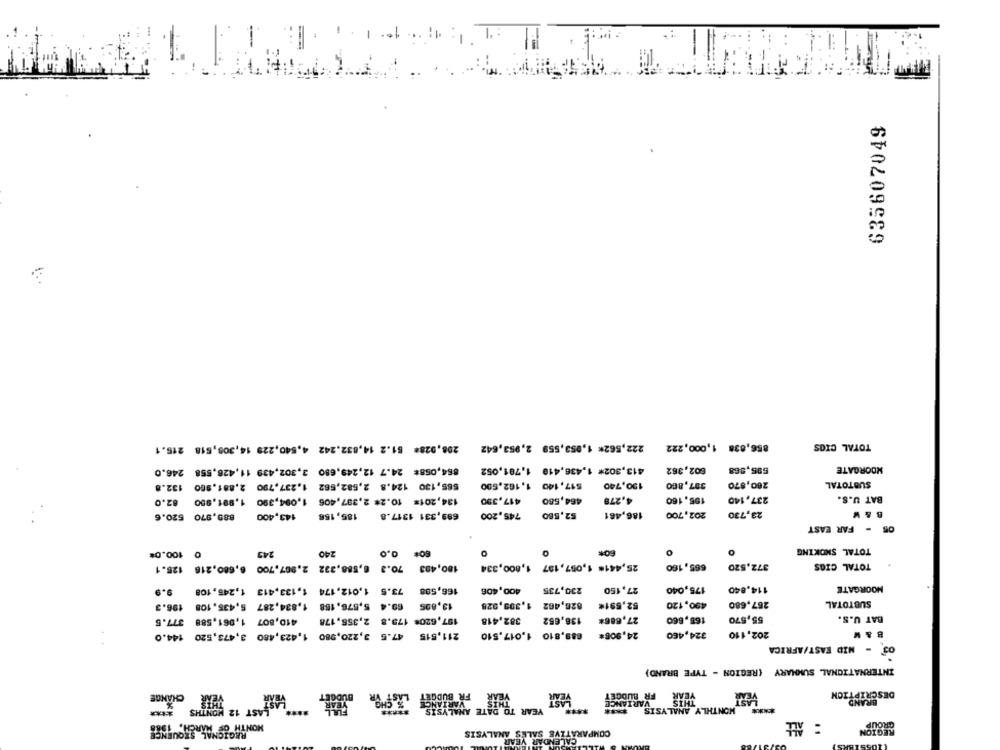
635607049
208,928# 61.2 14,832,242 4,540,229 14,308,618 215.1
222,562* 1,953,559 2,953,642
856,838 1,000,222
TOTAL CIOS
864,058# 24.7 12,249,680 3,302,439 11,428,558 246.0
413,302* 1,436,419 1,701,052
602,362
595,568
MOORGATE
565,130 124.8 2,582,662 1,237,790 2,881,900 132.8
$17,140 1, 162,500
130,740
397,860
280,870
SUBTOTAL
134,201= 10.2# 2,387,406 1,094,390 1,991,950 82.0
417,390
464,580
4,278
195,160
237,140
BAT U.S.
889,970 520.6
143,400
185, 156
699,331 1317.8
745,200
52,580
186,461
202,700
23,730
05 - FAR EAST
TOTAL SMOKING
0 100.0%
243
240
0
60%
665,160
TOTAL CIGS
180,483 70.3 6,588,332 2,967,700 6,680,216 125.1
25,441* 1,057,197 1,800,334
372,520
9.9
73.5 1,012,174 1,133,413 1,245, 108
166,598
400,406
230,735
27,150
175,040
114,840
MOORGATE
69.4 5,576, 188 1,834,287 6,435. 108 196.3
13,895
826,462 1,309,928
52,591*
490, 120
267,680
SUBTOTAL
BAT U.S.
410,807 1,861,588 377.5
197,620# 173.8 2,355,178
382,418
136,652
27,686*
165,660
55,570
211,515 47.5 3,220,980 1,423,480 3,473,520 144.0
689,810 1,017,510
24,906*
324,460
202,110
B&W
03 - MID FAST/AFRICA
INTERNATIONAL SUMMARY (REGION - TYPE BRAND)
CHANGE
BUDGET
FR BUDGET
YEAR
DESCRIPTION
HLASHAST 12 MONTHS
VARIANCE
BRAND
MONTHLY ANALYSIS ***
MONTH OF ARRSAQUINES
REGION
GROUP
COMPARATIVE SALES ANALYSIS
CALENDAR YEAR